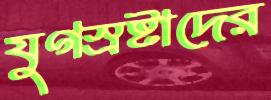
যুগস্রষ্টাদের